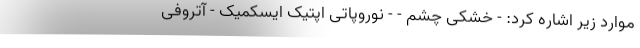
موارد زیر اشاره کرد: - خشکی چشم - - نوروپاتی اپتیک ایسکمیک - آتروفی